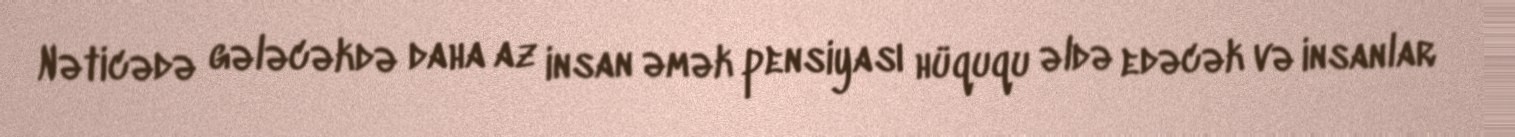
Nəticədə gələcəkdə daha az insan əmək pensiyası hüququ əldə edəcək və insanlar